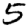
Digit: 5